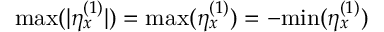
\mathrm { m a x } ( | \eta _ { x } ^ { ( 1 ) } | ) = \mathrm { m a x } ( \eta _ { x } ^ { ( 1 ) } ) = - \mathrm { m i n } ( \eta _ { x } ^ { ( 1 ) } )